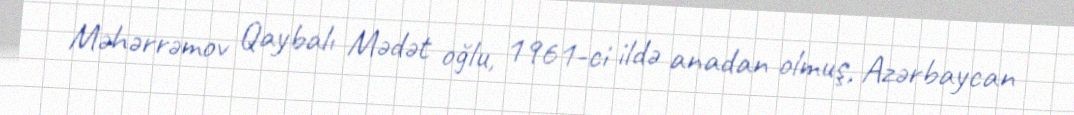
Məhərrəmov Qaybalı Mədət oğlu, 1961-ci ildə anadan olmuş, Azərbaycan